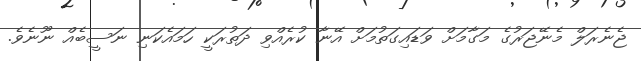
ޖެނެރަލް މެނޭޖަރުގެ މަގާމަށް ވަޑައިގަތުމަށް އޭނާ ކުރެއްވި ދަތުރަކީ ހަމައެކަނި ނަސީބެއް ނޫނެވެ.